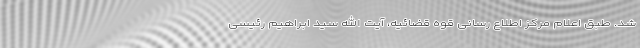
شد. طبق اعلام مرکز اطلاع رسانی قوه قضائیه، آیت الله سید ابراهیم رئیسی